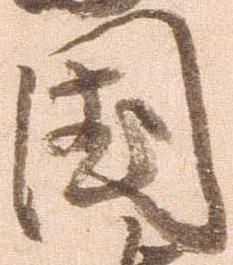
国